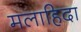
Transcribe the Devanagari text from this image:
मलाहिदा